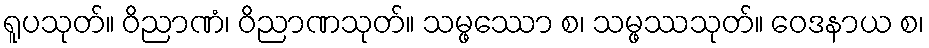
ရူပသုတ်။ ဝိညာဏံ၊ ဝိညာဏသုတ်။ သမ္ဖဿော စ၊ သမ္ဖဿသုတ်။ ဝေဒနာယ စ၊